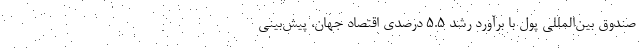
صندوق بین‌المللی پول با برآورد رشد ۵.۵ درصدی اقتصاد جهان، پیش‌بینی